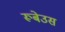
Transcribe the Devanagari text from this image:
रूबेउस